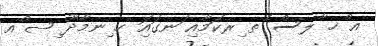
އ ްޚ ާލސް ެތ ިރކަމާއި ަނގައިަ ހ ިނމާދޫ ިޞ ްއ